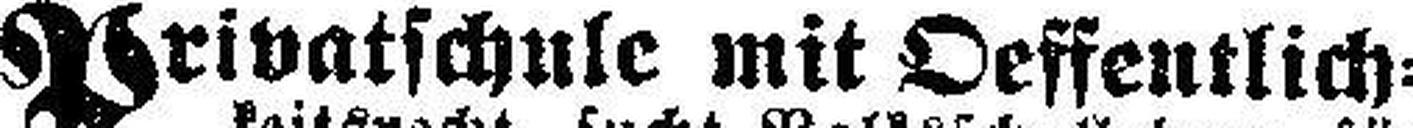
Privatschule mit Oeffentlich¬